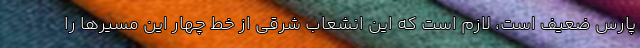
پارس ضعیف است، لازم است که این انشعاب شرقی از خط چهار این مسیرها را